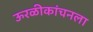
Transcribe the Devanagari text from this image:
ऊरळीकांचनला